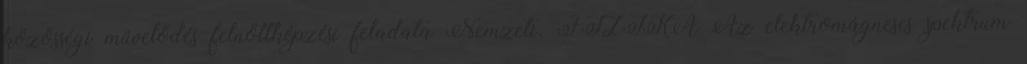
közösségi művelődés felnőttképzési feladata Nemzeti. FIZIKA Az elektromágneses spektrum